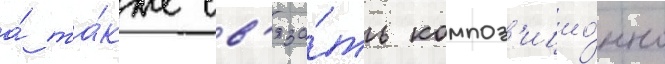
а́ та́кже св'яза́ть композ'ицио́нно